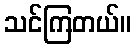
သင်ကြတယ်။